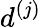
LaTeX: d^{(j)}